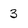
Character: 3